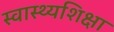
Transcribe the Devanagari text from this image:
स्वास्थ्यशिक्षा